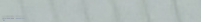
محلات بيع الملابس الرياضي